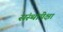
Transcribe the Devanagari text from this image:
संस्थांपेक्षा